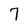
Character: 7